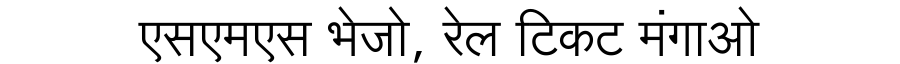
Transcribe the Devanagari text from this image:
एसएमएस भेजो, रेल टिकट मंगाओ